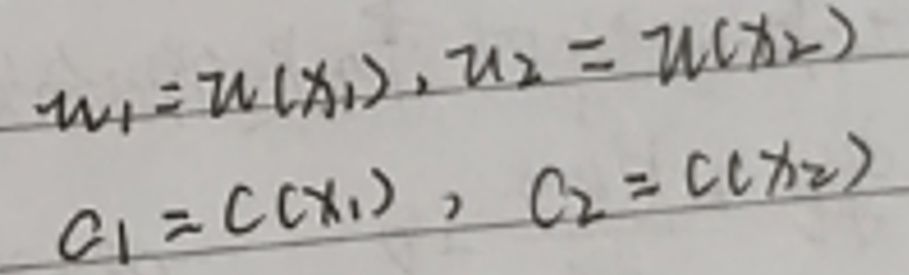
\[
\begin{align*}
w_1 &= w(x_1), w_2 = w(x_2)\\
c_1 &= c(x_1), c_2 = c(x_2)
\end{align*}
\]